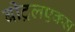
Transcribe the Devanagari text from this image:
बीट्रलएक्स